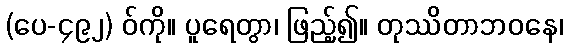
(ပေ-၄၉၂) ဝ်ကို။ ပူရေတွာ၊ ဖြည့်၍။ တုဿိတာဘဝနေ၊